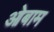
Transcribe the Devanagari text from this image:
ओबाम